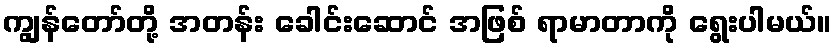
ကျွန်တော်တို့ အတန်း ခေါင်းဆောင် အဖြစ် ရာမာတာကို ရွေးပါမယ်။